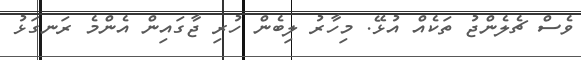
ވެސް ޗެލެންޖު ތަކެއް އުޅޭ. މިހާރު ލިބެން ހުރި ޖާގައިން އެންމެ ރަނގަޅު